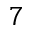
7